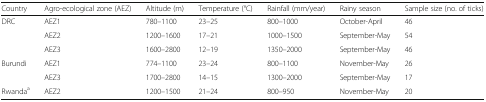
<table><thead><tr><td><b>Country</b></td><td><b>Agro-ecological zone (AEZ)</b></td><td><b>Altitude (m)</b></td><td><b>Temperature (°C)</b></td><td><b>Rainfall (mm/year)</b></td><td><b>Rainy season</b></td><td><b>Sample size (no. of ticks)</b></td></tr></thead><tbody><tr><td rowspan="3">DRC</td><td>AEZ1</td><td>780–1100</td><td>23–25</td><td>800–1000</td><td>October-April</td><td>46</td></tr><tr><td>AEZ2</td><td>1200–1600</td><td>17–21</td><td>1000–1500</td><td>September-May</td><td>54</td></tr><tr><td>AEZ3</td><td>1600–2800</td><td>12–19</td><td>1350–2000</td><td>September-May</td><td>46</td></tr><tr><td rowspan="2">Burundi</td><td>AEZ1</td><td>774–1100</td><td>23–24</td><td>800–1100</td><td>November-May</td><td>26</td></tr><tr><td>AEZ3</td><td>1700–2800</td><td>14–15</td><td>1300–2000</td><td>September-May</td><td>17</td></tr><tr><td>Rwanda<sup>a</sup></td><td>AEZ2</td><td>1200–1500</td><td>21–24</td><td>800–950</td><td>November-May</td><td>20</td></tr></tbody></table>